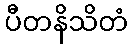
ပီတနိသိတံ